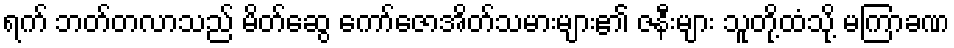
ရက် ဘတ်တလာသည် မိတ်ဆွေ ကော်ဇောအိတ်သမားများ၏ ဇနီးများ သူတို့ထံသို့ မကြာခဏ